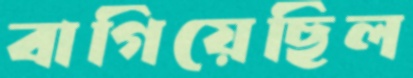
বাগিয়েছিল